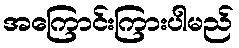
အကြောင်းကြားပါမည်